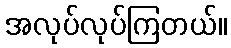
အလုပ်လုပ်ကြတယ်။